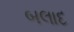
બલાદ